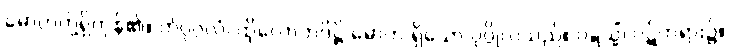
မောဟတို့ရှိကုန်၏။ တံပုဂ္ဂလံ၊ ထိုလောဘဒိဋ္ဌိ မောဟ ရှိသော ပုဂ္ဂိုလ်သည်။ ဝဋ္ဋသ္မိံ၊ ဝဋ်တရား၌။